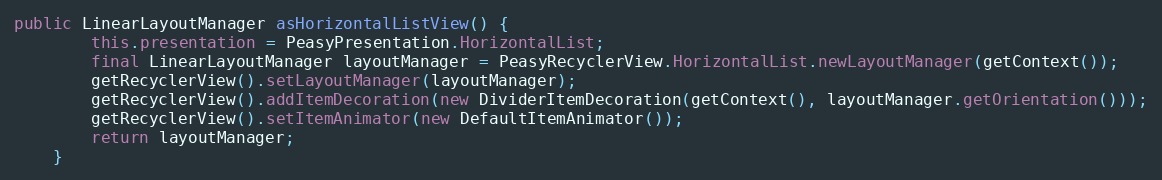
Language: Java
public LinearLayoutManager asHorizontalListView() {
        this.presentation = PeasyPresentation.HorizontalList;
        final LinearLayoutManager layoutManager = PeasyRecyclerView.HorizontalList.newLayoutManager(getContext());
        getRecyclerView().setLayoutManager(layoutManager);
        getRecyclerView().addItemDecoration(new DividerItemDecoration(getContext(), layoutManager.getOrientation()));
        getRecyclerView().setItemAnimator(new DefaultItemAnimator());
        return layoutManager;
    }